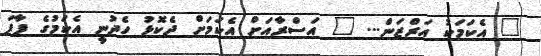
" އެކަމަކު އަރްޒަން... " އަސްރާއަށް އެކަމަށް ދެކޮޅު ހެދުނީ އެކަމުގެ ފާފަ